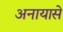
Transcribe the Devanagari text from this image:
अनायासे